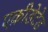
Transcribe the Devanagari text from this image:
एक्रीडेटेड